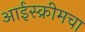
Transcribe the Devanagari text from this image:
आईस्क्रीमचा